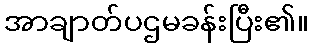
အာချာတ်ပဌမခန်းပြီး၏။